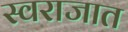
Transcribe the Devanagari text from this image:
स्वराजात